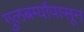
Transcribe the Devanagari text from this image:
गुलबर्ग्यापासून